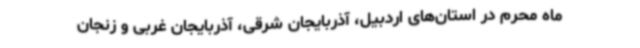
ماه محرم در استان‌های اردبیل، آذربایجان شرقی، آذربایجان غربی و زنجان